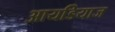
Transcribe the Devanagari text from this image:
आयडियाज